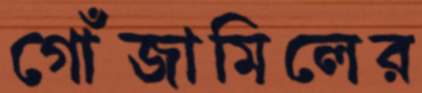
গোঁজামিলের